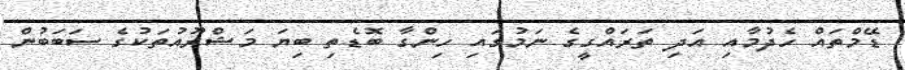
ޑޭމްތައް ހެދުމާއި އަދި ތަރައްގީގެ ނަމުގައި ހިންގާ ބޮޑެތި ބިޔަ މަޝްރޫއުތަކުގެ ސަބަބުން